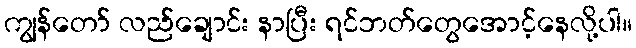
ကျွန်တော် လည်ချောင်း နာပြီး ရင်ဘတ်တွေအောင့်နေလို့ပါ။